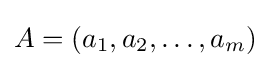
A=(a_{1},a_{2},\dots ,a_{m})